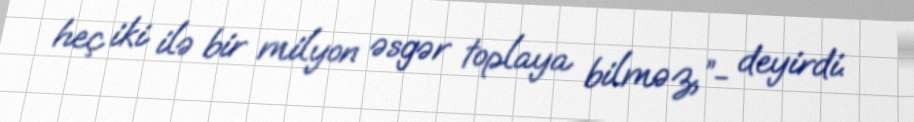
heç iki ilə bir milyon əsgər toplaya bilməz,”- deyirdi.